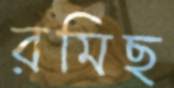
রমিছ